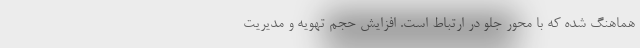
هماهنگ شده که با محور جلو در ارتباط است. افزایش حجم تهویه و مدیریت